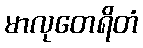
မာလုတေရိတံ